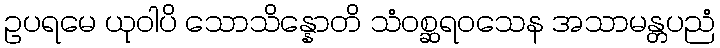
ဥပရမေ ယုဝါပိ သောသိန္နောတိ သံဝစ္ဆရဝသေန အသာမန္တပညံ